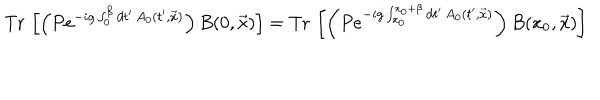
\mathrm { T r } \, \left[ \left( P e ^ { - i g \int _ { 0 } ^ { \beta } d t ^ { \prime } \, A _ { 0 } ( t ^ { \prime } , \vec { x } ) } \right) B ( 0 , \vec { x } ) \right] = \mathrm { T r } \, \left[ \left( P e ^ { - i g \int _ { x _ { 0 } } ^ { x _ { 0 } + \beta } d t ^ { \prime } \, A _ { 0 } ( t ^ { \prime } , \vec { x } ) } \right) B ( x _ { 0 } , \vec { x } ) \right]